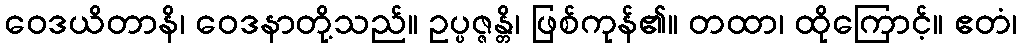
ဝေဒယိတာနိ၊ ဝေဒနာတို့သည်။ ဥပ္ပဇ္ဇန္တိ၊ ဖြစ်ကုန်၏။ တထာ၊ ထိုကြောင့်။ ဧတံ၊